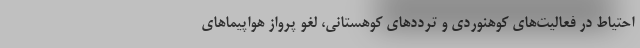
احتیاط در فعالیت‌های کوهنوردی و ترددهای کوهستانی، لغو پرواز هواپیماهای